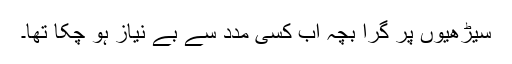
سیڑھیوں پر گرا بچہ اب کسی مدد سے بے نیاز ہو چکا تھا۔